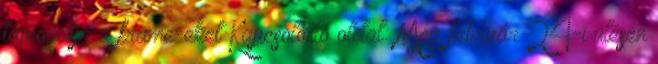
támogatja a frame-eket Kapcsolódó oldal: Még február 24-i ülésén